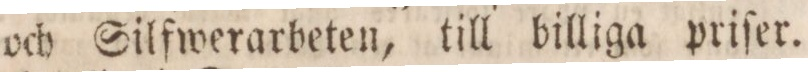
och Silfwerarbeten, till billiga priſer.